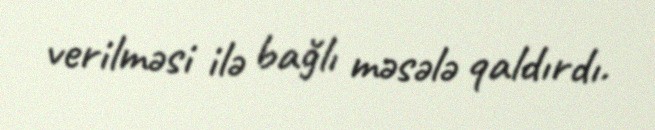
verilməsi ilə bağlı məsələ qaldırdı.